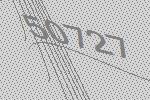
50727